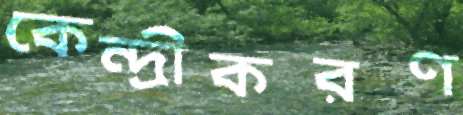
কেন্দ্রীকরণ